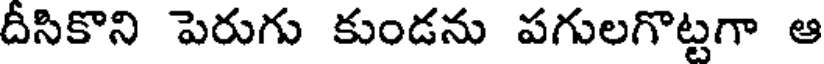
దీసికొని పెరుగు కుండను పగులగొట్టగా ఆ